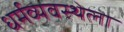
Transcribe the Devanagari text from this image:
धर्मव्यवस्थेला